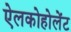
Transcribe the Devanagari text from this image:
ऐलकोहोलेंट